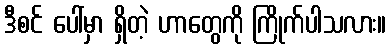
ဒီစင် ပေါ်မှာ ရှိတဲ့ ဟာတွေကို ကြိုက်ပါသလား။